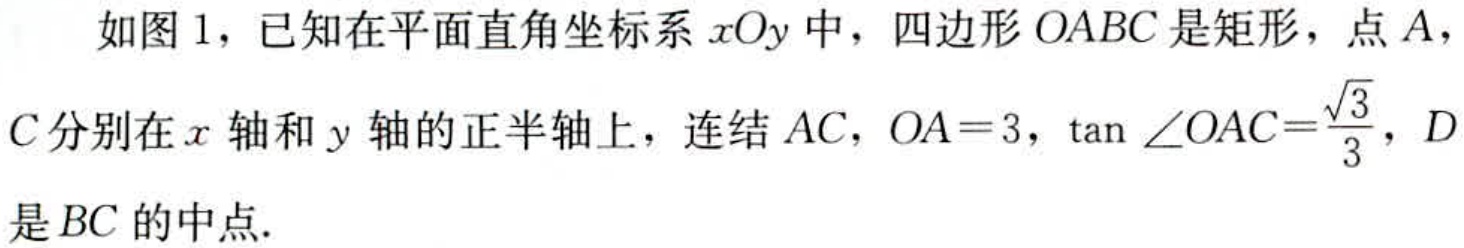
如图1，已知在平面直角坐标系\(xOy\)中，四边形\(OABC\)是矩形，点\(A\)，\(C\)分别在\(x\)轴和\(y\)轴的正半轴上，连结\(AC\)，\(OA = 3\)，\(\tan\angle OAC=\frac{\sqrt{3}}{3}\)，\(D\)是\(BC\)的中点.